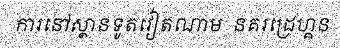
ការនៅស្ថានទូតវៀតណាម  នគរដ្រេហ្គន